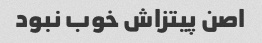
اصن پیتزاش خوب نبود